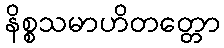
နိစ္စသမာဟိတတ္တော